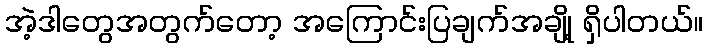
အဲ့ဒါတွေအတွက်တော့ အကြောင်းပြချက်အချို့ ရှိပါတယ်။